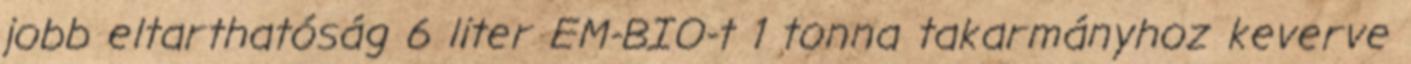
jobb eltarthatóság 6 liter EM-BIO-t 1 tonna takarmányhoz keverve